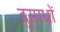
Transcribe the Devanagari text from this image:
दुसाधों